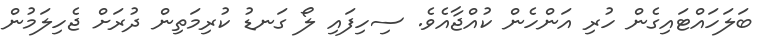
ބަލަހައްޓައިގެން ހުރި އަންހެން ކުއްޖާއެވެ. ސިހިފައި ލޯ ގަނޑު ކުރިމަތިން ދުރަށް ޖެހިލަމުން